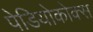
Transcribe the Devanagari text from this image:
पेडियोकोक्स